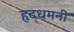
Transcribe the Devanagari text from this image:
हृद्‌धमनी